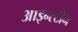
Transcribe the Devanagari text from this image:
आइन्‍स्‍टीन